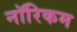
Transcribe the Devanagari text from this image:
नॉरिकम